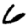
Digit: 6